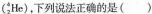
(_{2}^{4}He)，下列说法正确的是( )